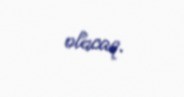
olacaq.